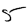
Digit: 5